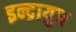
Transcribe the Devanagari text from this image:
इन्द्रायुध